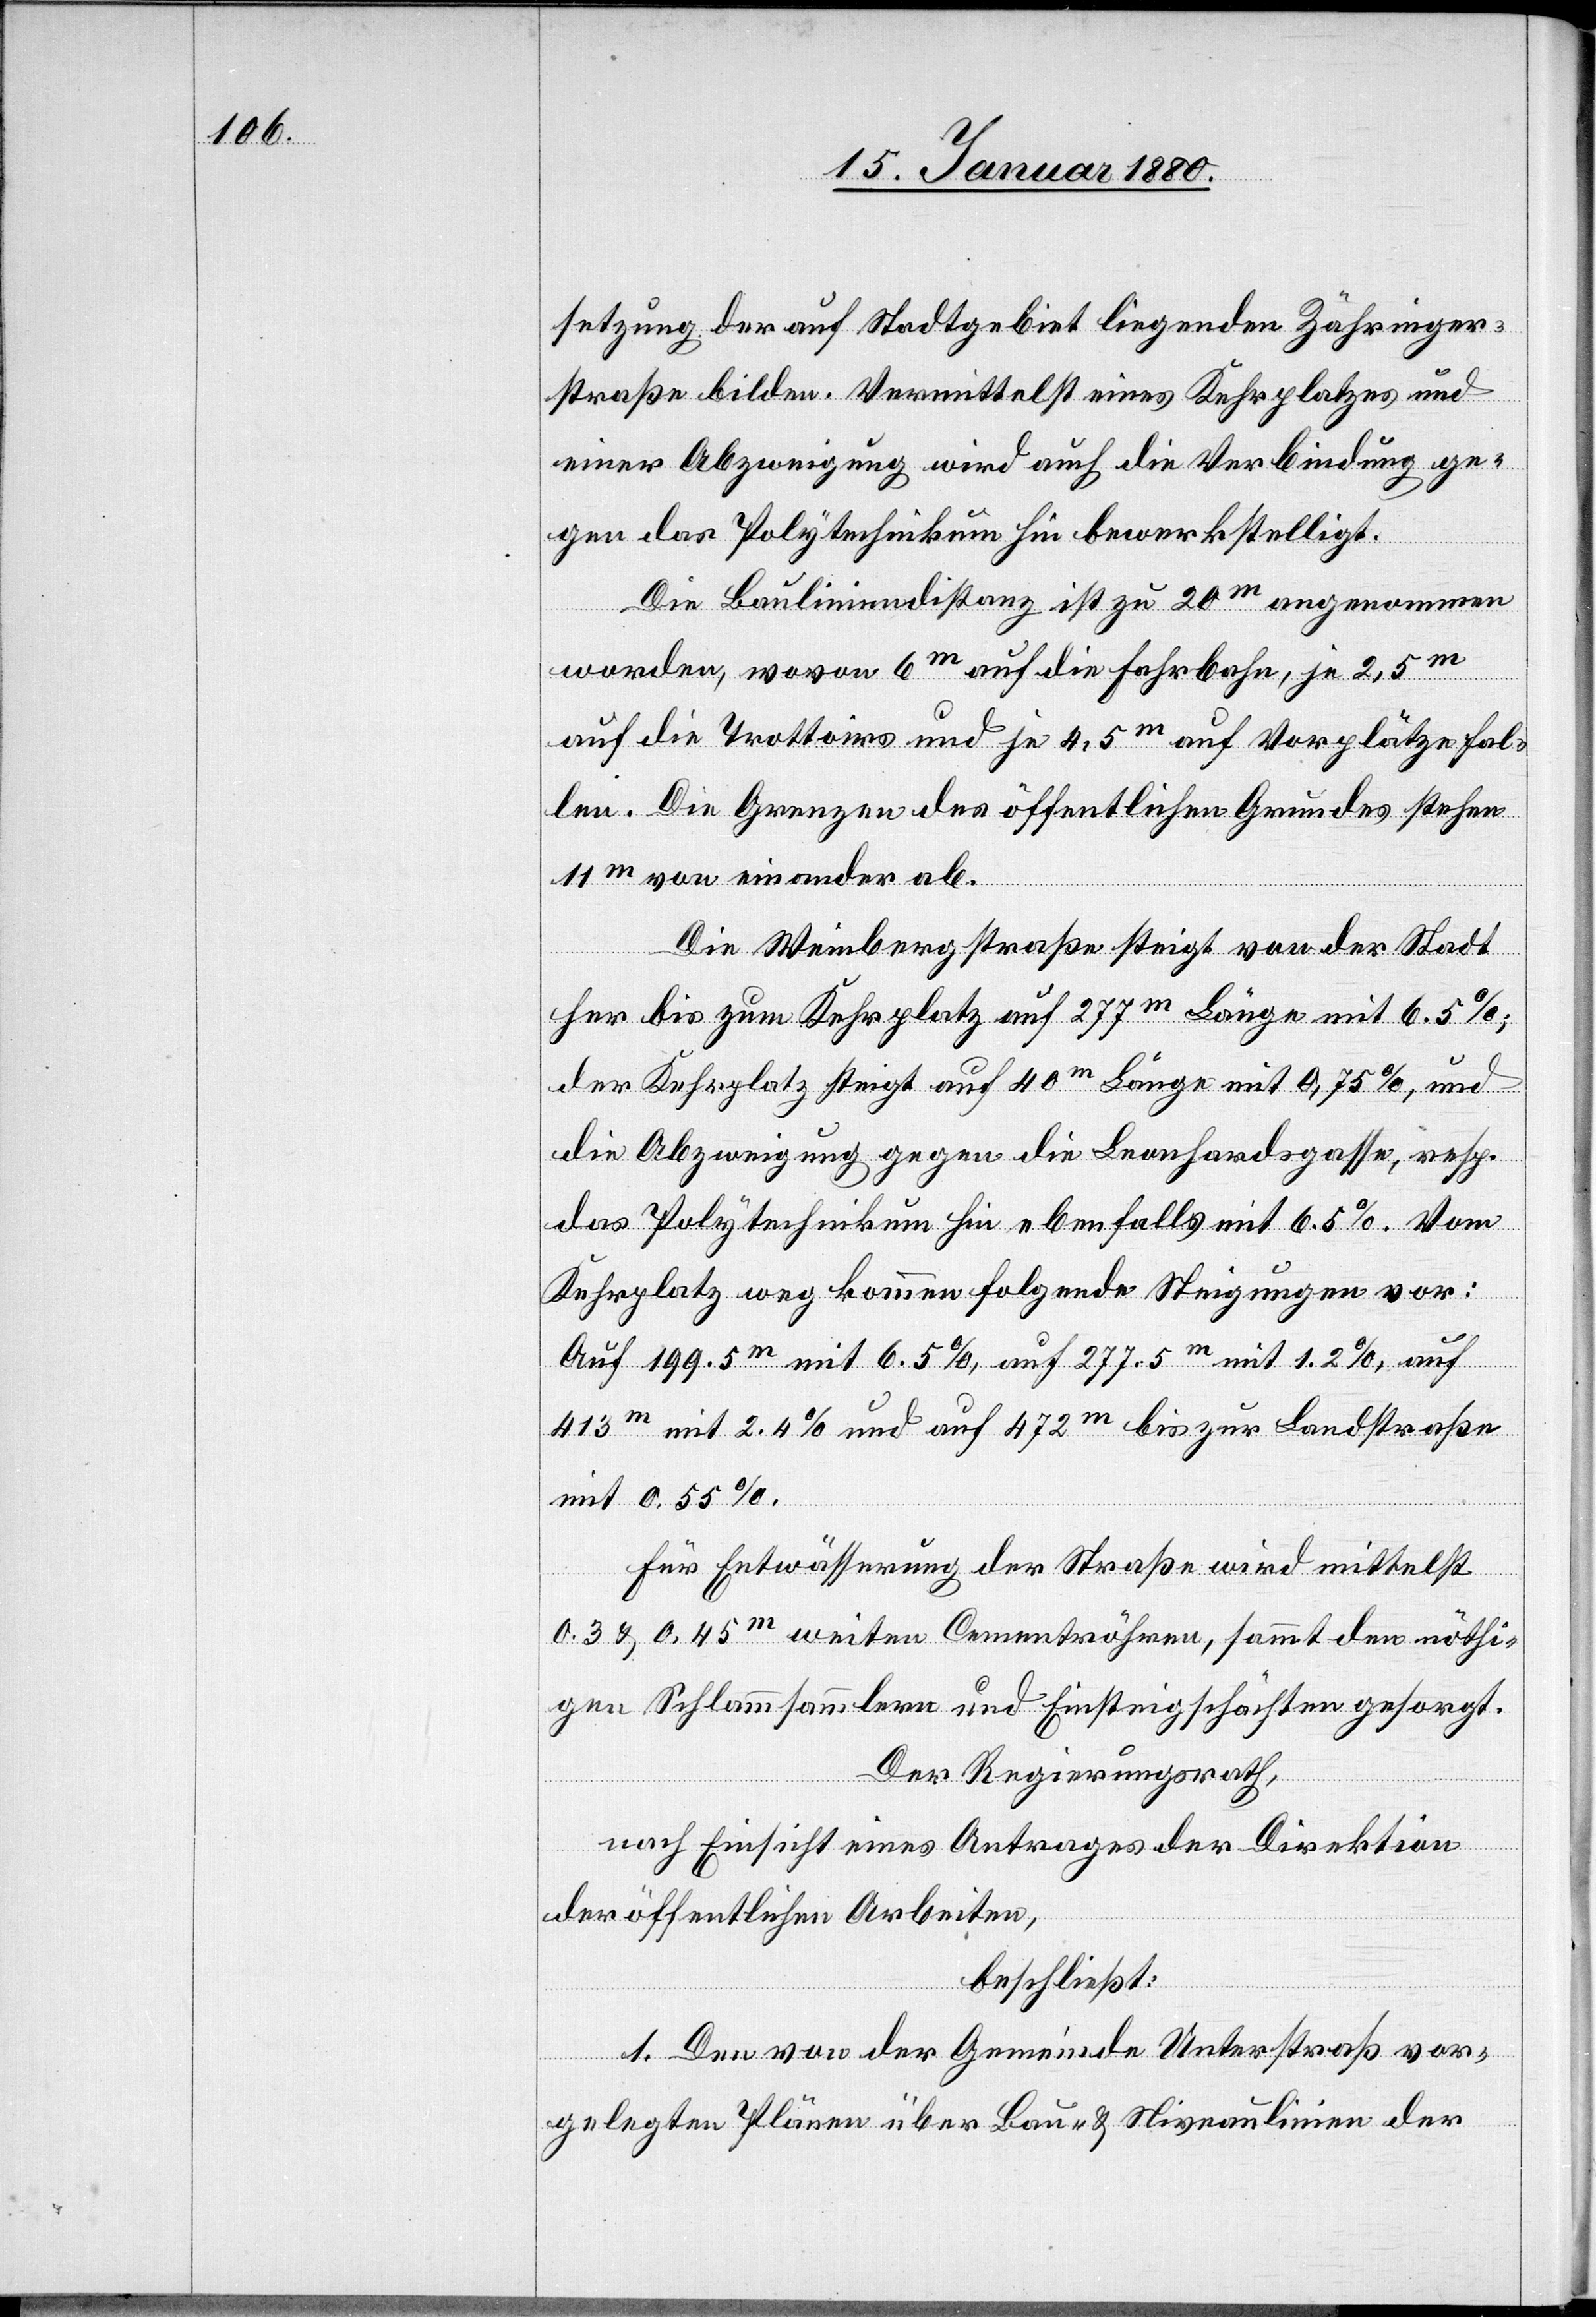
setzung der auf Stadtgebiet liegenden Zähringer¬
straße bilden. Vermittelst eines Kehrplatzes und
einer Abzweigung wird auch die Verbindung ge¬
gen das Polytechnikum bewerkstelligt.
Die Bauliniendistanz ist zu 20m angenommen
worden, wovon 6m auf die Fahrbahn, je 2,5m
auf die Trottoirs und je 4,5m auf Vorplätze fal¬
len. Die Grenzen des öffentlichen Grundes stehen
11m von einander ab.
Die Weinbergstraße steigt von der Stadt
her bis zum Kehrplatz auf 277m Länge mit 6,5%;
der Kehrplatz steigt auf 40m Länge mit 0,75%, und
die Abzweigung gegen die Leonhardgasse, resp.
das Polytechnikum hin ebenfalls mit 6,5 %. Vom
Kehrplatz weg kommen folgende Steigungen vor:
Auf 199,5m mit 6,5%, auf 277,5m mit 1,2%, auf
413m mit 2,4% und auf 472m bis zur Landstraße
mit 0,55%.
Für Entwässerung der Straße wird mittelst
0,3 & 0,45m weiten Cementröhren, sammt den nöthi¬
gen Schlammsammlern und Einsteigschächten gesorgt.
Der Regierungsrath,
nach Einsicht eines Antrages der Direktion
der öffentlichen Arbeiten,
beschließt:
1. Den von der Gemeinde Unterstraß vor¬
gelegten Plänen über Bau- & Niveaulinien der